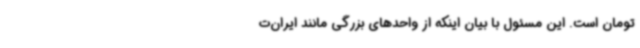
تومان است. این مسئول با بیان اینکه از واحدهای بزرگی مانند ایران‌ت